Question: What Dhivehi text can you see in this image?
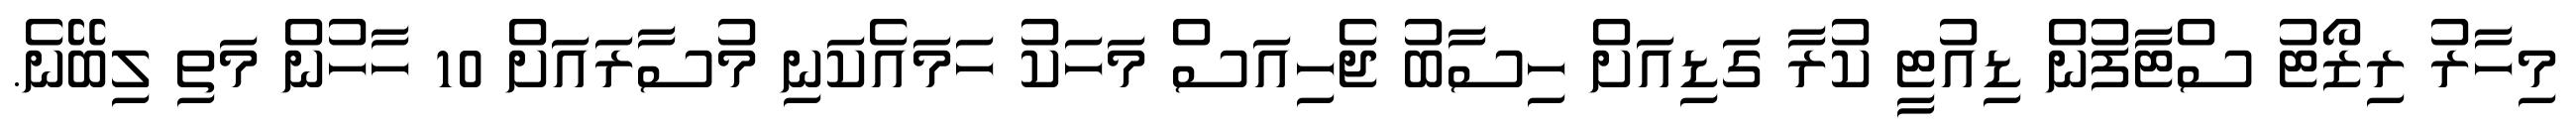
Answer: މިހާރު ރިޒޯޓު ސްޓާފުން ޑިއުޓީ ކުރާ ގަޑިއަށް ހިސާބު ޖެހިއަސް މަހަކު ހަމައެކަނި މުސާރައަށް 10 ހާހުން މަތި ލިބޭނެ.